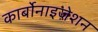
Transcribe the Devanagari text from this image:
कार्बोनाइज़ेशन